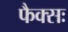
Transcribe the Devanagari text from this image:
फैक्सः